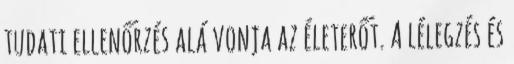
tudati ellenőrzés alá vonja az életerőt. A lélegzés és